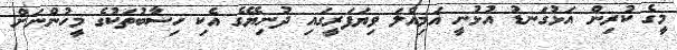
މީގެ ކުރިން އަޅުގަނޑު އުޅުނީ އަމިއްލަ ވިޔަފަރީގައި ދުނިޔޭގެ އެކި ހިސާބުތަކުގެ މީހުންނަށް